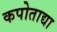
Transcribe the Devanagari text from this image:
कपोताद्या